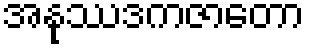
အနုဿဒကဇာတော